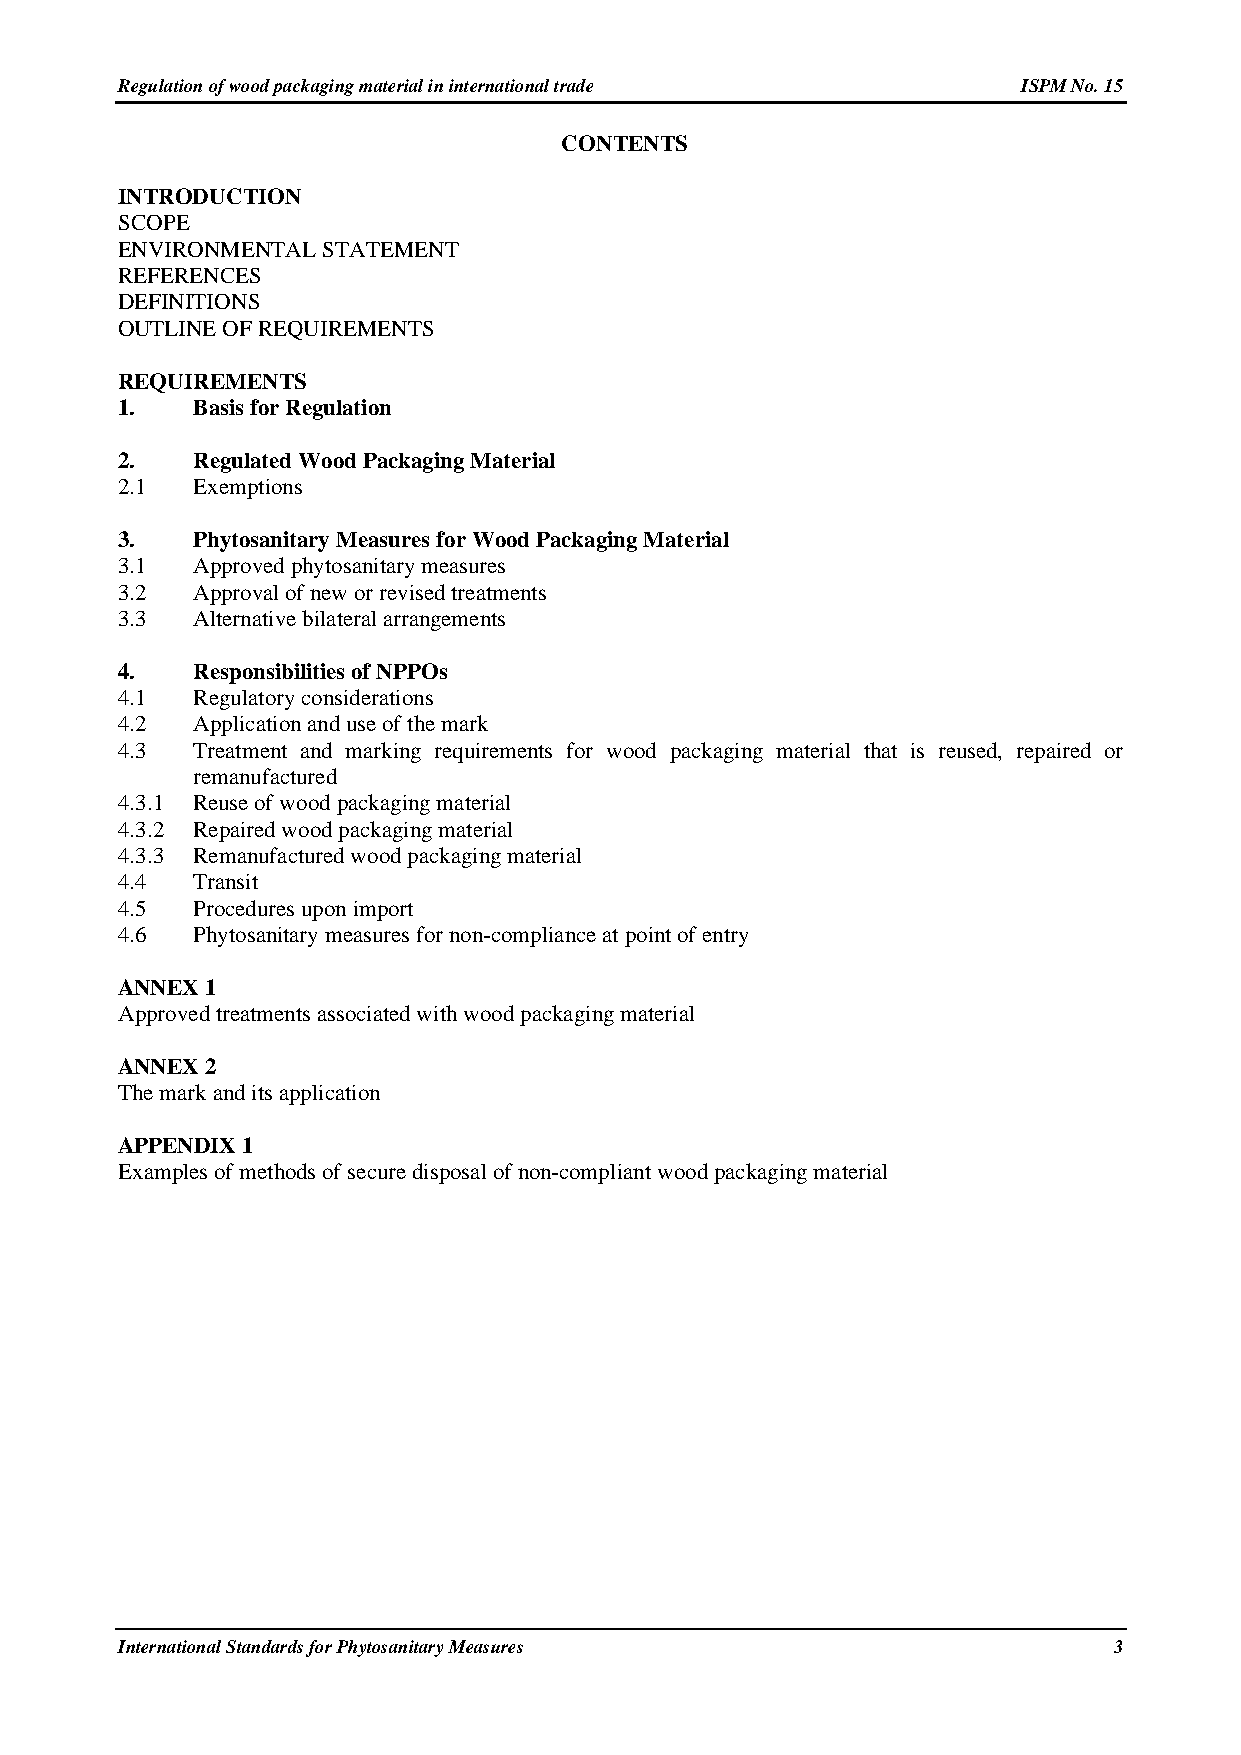
Regulation of wood packaging material in international trade ISPM No. 15
 CONTENTS
 INTRODUCTION
 SCOPE
 ENVIRONMENTAL STATEMENT
 REFERENCES
 DEFINITIONS
 OUTLINE OF REQUIREMENTS
 REQUIREMENTS
 1.   Basis for Regulation
 2.   Regulated Wood Packaging Material
 2.1  Exemptions
 3.   Phytosanitary Measures for Wood Packaging Material
 3.1  Approved phytosanitary measures
 3.2  Approval of new or revised treatments
 3.3  Alternative bilateral arrangements
 4.   Responsibilities of NPPOs
 4.1  Regulatory considerations
 4.2  Application and use of the mark
 4.3  Treatment and marking requirements for wood packaging material that is reused, repaired or
 remanufactured
 4.3.1 Reuse of wood packaging material
 4.3.2 Repaired wood packaging material
 4.3.3 Remanufactured wood packaging material
 4.4  Transit
 4.5  Procedures upon import
 4.6  Phytosanitary measures for non-compliance at point of entry
 ANNEX 1
 Approved treatments associated with wood packaging material
 ANNEX 2
 The mark and its application
 APPENDIX 1
 Examples of methods of secure disposal of non-compliant wood packaging material
 International Standards for Phytosanitary Measures                3